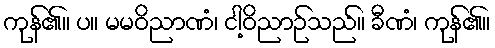
ကုန်၏။ ပ။ မမဝိညာဏံ၊ ငါ့ဝိညာဉ်သည်။ ခီဏံ၊ ကုန်၏။